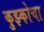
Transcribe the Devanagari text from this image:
कुझ्कोचा